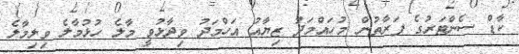
ކާޑް ސެންޓަރުގެ ފަރާތުން މުހައްމަދު ޒިޔާއު އަހްމަދު ވިދާޅުވީ މާލެ ހުޅުމާލެ ވިލިމާލެ